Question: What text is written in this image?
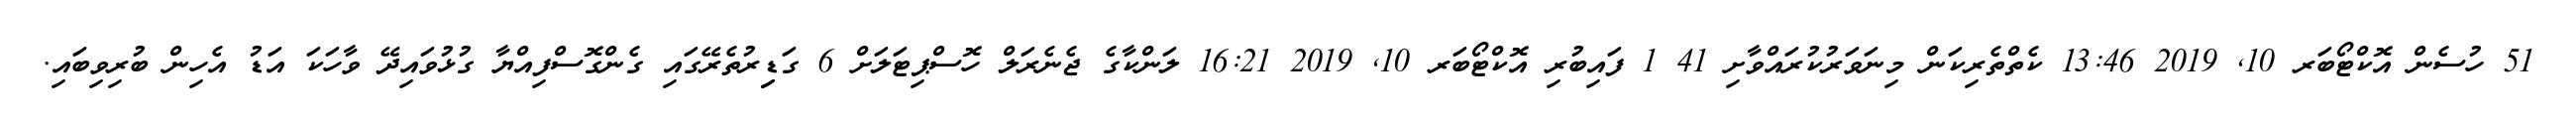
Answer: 51 ހުސެން އޮކްޓޯބަރ 10, 2019 13:46 ކެތްތެރިކަން މިނަވަރުކުރައްވާށި 41 1 ފައިބުރި އޮކްޓޯބަރ 10, 2019 16:21 ލަންކާގެ ޖެނެރަލް ހޮސްޕިޓަލަށް 6 ގަޑިިރުތެރޭގައި ގެންގޮސްފިއްޔާ ގުޅުވައިދޭ ވާހަކަ އަޑު އެހިން ބުރިވިބައި.